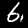
Digit: 6